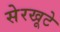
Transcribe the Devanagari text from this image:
सेरखूटे